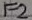
Text: F2